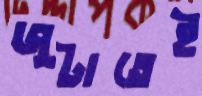
জুটাতেই